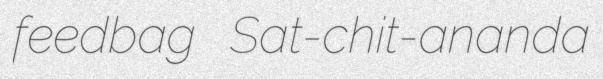
feedbag Sat-chit-ananda